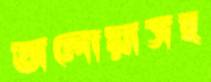
অলোয়াসহ